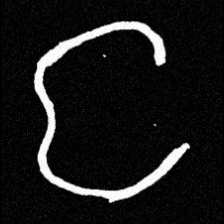
Pyu character \u2014 Myanmar letter: င (romanized: nga)